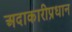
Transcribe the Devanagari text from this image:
अदाकारीप्रधान